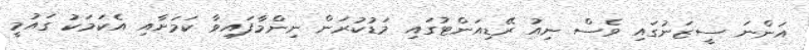
އަންނަ ސީޒަނުގައި ވެސް ނިއު ރޭޑިއަންޓުގައި މަޑުކުރަން ނިންމާފައިވާ ކަމަށާއި އެކަމަކު ގައުމީ